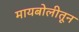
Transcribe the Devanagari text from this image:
मायबोलीतून